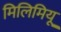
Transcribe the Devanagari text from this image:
मिलिमियू